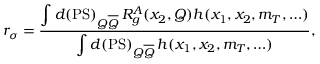
r _ { \sigma } = \frac { \displaystyle \int d ( \mathrm { P S } ) _ { Q \overline { { Q } } } \, R _ { g } ^ { A } ( x _ { 2 } , Q ) h ( x _ { 1 } , x _ { 2 } , m _ { T } , \ldots ) } { \displaystyle \int d ( \mathrm { P S } ) _ { Q \overline { { Q } } } \, h ( x _ { 1 } , x _ { 2 } , m _ { T } , \ldots ) } ,